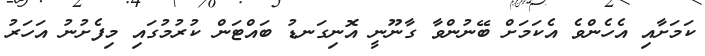
ކަމަށާއި އެހެންވެ އެކަމަށް ބޭނުންވާ ގާނޫނީ އޮނިގަނޑު ބައްޓަން ކުރުމުގައި މިފެށުނު އަހަރު